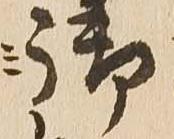
御